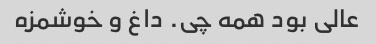
عالی بود همه چی. داغ و خوشمزه